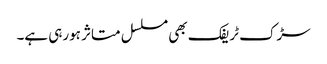
سڑک ٹریفک بھی مسلسل متاثر ہورہی ہے۔